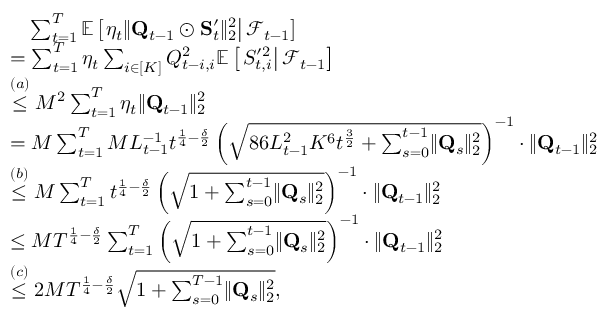
\begin{array} { r l } & { \quad \sum _ { t = 1 } ^ { T } \mathbb E \left[ \left. \eta _ { t } \lVert \mathbf Q _ { t - 1 } \odot \mathbf S _ { t } ^ { \prime } \rVert _ { 2 } ^ { 2 } \right\rvert \mathcal F _ { t - 1 } \right] } \\ & { = \sum _ { t = 1 } ^ { T } \eta _ { t } \sum _ { i \in [ K ] } Q _ { t - i , i } ^ { 2 } \mathbb E \left[ \left. S _ { t , i } ^ { \prime 2 } \right\rvert \mathcal F _ { t - 1 } \right] } \\ & { \stackrel { ( a ) } \le M ^ { 2 } \sum _ { t = 1 } ^ { T } \eta _ { t } \lVert \mathbf Q _ { t - 1 } \rVert _ { 2 } ^ { 2 } } \\ & { = M \sum _ { t = 1 } ^ { T } M L _ { t - 1 } ^ { - 1 } t ^ { \frac 1 4 - \frac \delta 2 } \left( \sqrt { 8 6 L _ { t - 1 } ^ { 2 } K ^ { 6 } t ^ { \frac 3 2 } + \sum _ { s = 0 } ^ { t - 1 } \lVert \mathbf Q _ { s } \rVert _ { 2 } ^ { 2 } } \right) ^ { - 1 } \cdot \lVert \mathbf Q _ { t - 1 } \rVert _ { 2 } ^ { 2 } } \\ & { \stackrel { ( b ) } \le M \sum _ { t = 1 } ^ { T } t ^ { \frac 1 4 - \frac \delta 2 } \left( \sqrt { 1 + \sum _ { s = 0 } ^ { t - 1 } \lVert \mathbf Q _ { s } \rVert _ { 2 } ^ { 2 } } \right) ^ { - 1 } \cdot \lVert \mathbf Q _ { t - 1 } \rVert _ { 2 } ^ { 2 } } \\ & { \le M T ^ { \frac 1 4 - \frac \delta 2 } \sum _ { t = 1 } ^ { T } \left( \sqrt { 1 + \sum _ { s = 0 } ^ { t - 1 } \lVert \mathbf Q _ { s } \rVert _ { 2 } ^ { 2 } } \right) ^ { - 1 } \cdot \lVert \mathbf Q _ { t - 1 } \rVert _ { 2 } ^ { 2 } } \\ & { \stackrel { ( c ) } \le 2 M T ^ { \frac 1 4 - \frac \delta 2 } \sqrt { 1 + \sum _ { s = 0 } ^ { T - 1 } \lVert \mathbf Q _ { s } \rVert _ { 2 } ^ { 2 } } , } \end{array}